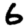
Digit: 6